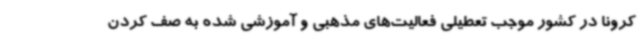
کرونا در کشور موجب تعطیلی فعالیت‌های مذهبی و آموزشی شده به صف کردن